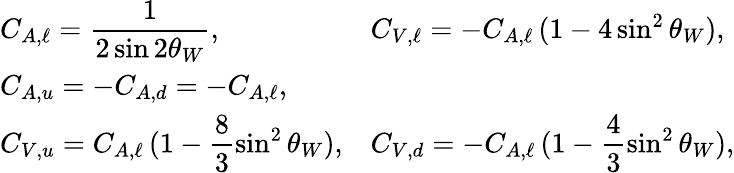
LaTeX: \begin{array}{ll}{{C_{A,\ell}=\displaystyle\frac{1}{2\sin 2\theta_{W}},}}&{{C_{V,\ell}=-C_{A,\ell}\, (1-4\sin^{2}\theta_{W}),}}\\ {{C_{A,u}=-C_{A,d}=-C_{A,\ell},}}&{{}}\\ {{C_{V,u}=C_{A,\ell}\, \displaystyle(1-\frac{8}{3}\sin^{2}\theta_{W}),}}&{{C_{V,d}=-C_{A,\ell}\, \displaystyle(1-\frac{4}{3}\sin^{2}\theta_{W}),}}\end{array}